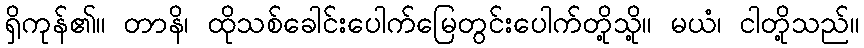
ရှိကုန်၏။ တာနိ၊ ထိုသစ်ခေါင်းပေါက်မြေတွင်းပေါက်တို့သို့။ မယံ၊ ငါတို့သည်။